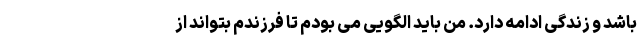
باشد و زندگی ادامه دارد. من باید الگویی می بودم تا فرزندم بتواند از